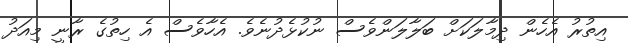
އިތުރު އެހެން ދިމާލަކަށް ބަލާލަންވެސް ނުކުޅެދުނެވެ. އެހާވެސް އެ ހިތުގެ ރާނީ މިއަދު